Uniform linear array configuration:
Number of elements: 32
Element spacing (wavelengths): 0.5
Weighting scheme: exponential
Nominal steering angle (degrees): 60
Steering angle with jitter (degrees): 58.196
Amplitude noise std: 0.05
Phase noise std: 0.05

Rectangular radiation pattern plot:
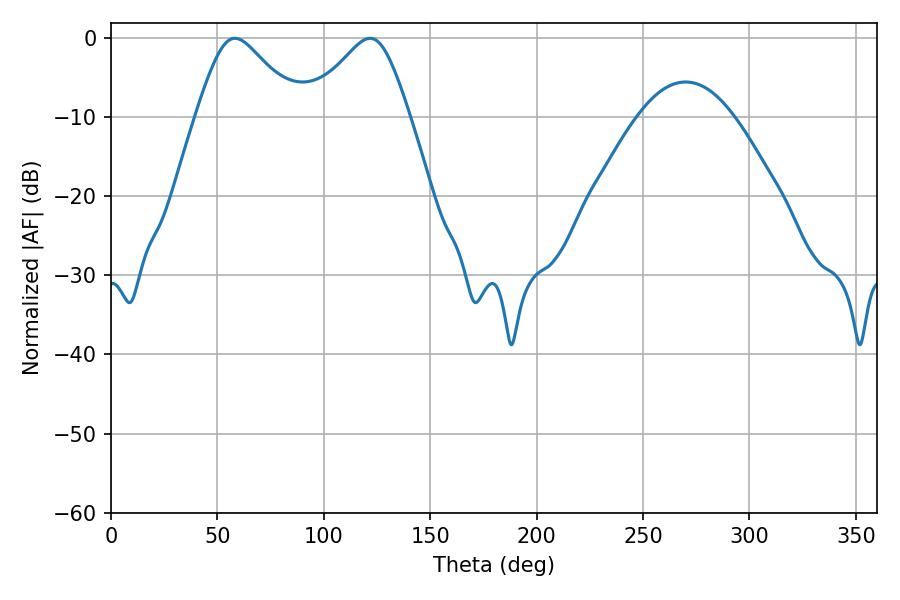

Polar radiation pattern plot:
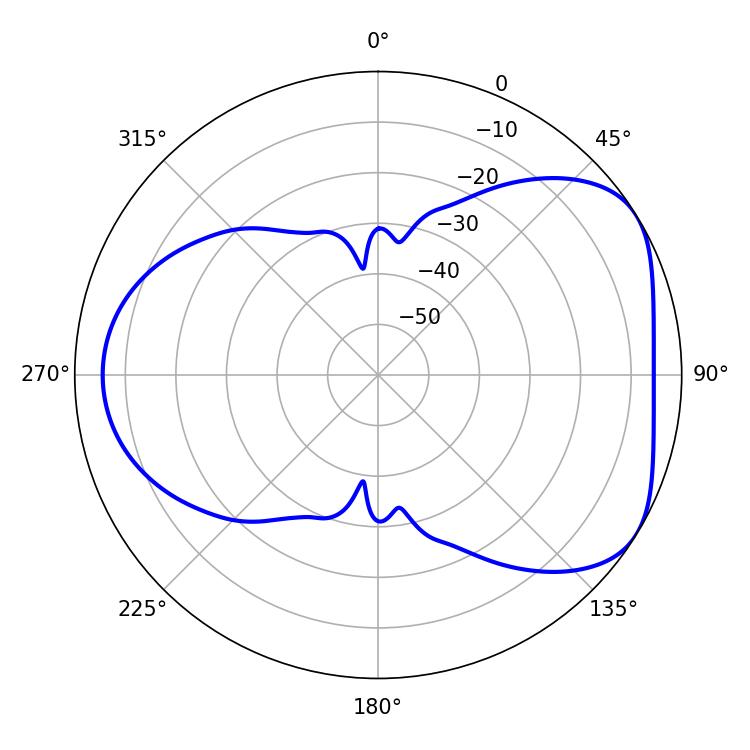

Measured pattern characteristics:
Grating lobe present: FALSE
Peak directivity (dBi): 4.883
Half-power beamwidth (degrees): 23.58
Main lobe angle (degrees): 58.32